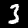
Label: 3